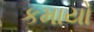
કમાયો